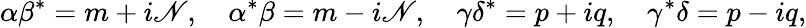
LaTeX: \alpha\beta^{*}=m+i\mathscr{N},\quad\alpha^{*}\beta=m-i\mathscr{N},\quad\gamma\delta^{*}=p+iq,\quad\gamma^{*}\delta=p-iq,